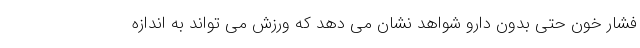
فشار خون حتی بدون دارو شواهد نشان می دهد که ورزش می تواند به اندازه